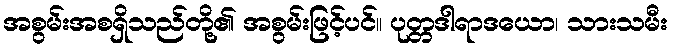
အစွမ်းအစရှိသည်တို့၏ အစွမ်းဖြင့်ပင်။ ပုတ္တဒါရာဒယော၊ သားသမီး